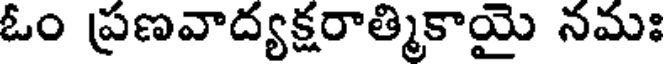
ఓం ప్రణవాద్యక్షరాత్మికాయై నమః